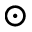
\odot